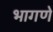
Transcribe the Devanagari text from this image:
भागणे